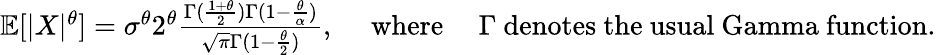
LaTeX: \begin{array}{r}{\mathbb{E}[|X|^{\theta}]=\sigma^{\theta}2^{\theta}\frac{\Gamma(\frac{1+\theta}{2})\Gamma(1-\frac{\theta}{\alpha})}{\sqrt{\pi}\Gamma(1-\frac{\theta}{2})},\quad\mathrm{~where~}\quad\Gamma\mathrm{~denotes~the~usual~Gamma~function}.}\end{array}